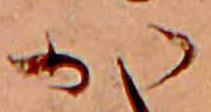
か